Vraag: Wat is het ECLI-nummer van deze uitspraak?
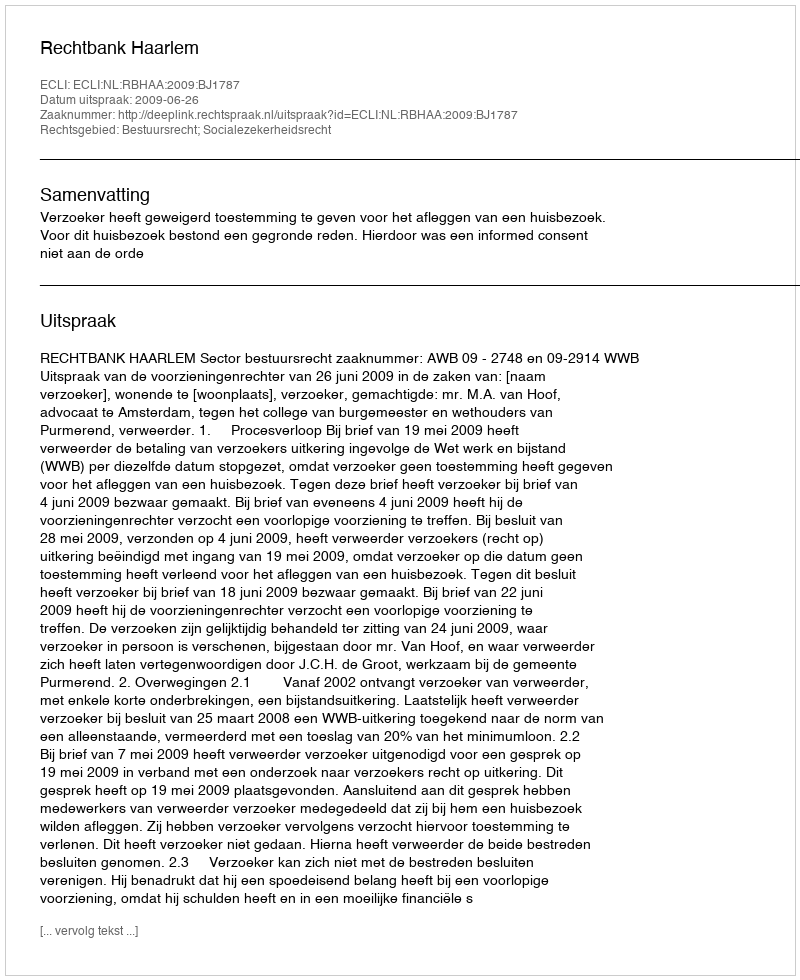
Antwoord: ECLI:NL:RBHAA:2009:BJ1787